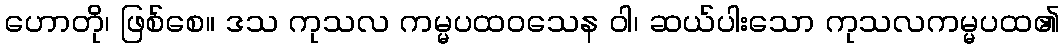
ဟောတို၊ ဖြစ်စေ။ ဒသ ကုသလ ကမ္မပထဝသေန ဝါ၊ ဆယ်ပါးသော ကုသလကမ္မပထ၏